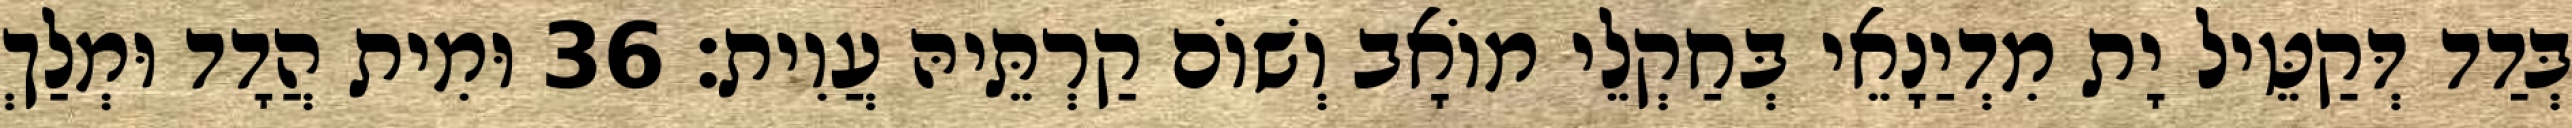
בְּדַד דְּקַטֵּיל יָת מִדְיַנָאֵי בְּחַקְלֵי מוֹאָב וְשׁוֹם קַרְתֵּיהּ עֲוִית׃ 36 וּמִית הֲדָד וּמְלַךְ